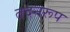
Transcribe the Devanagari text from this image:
तदनरूप